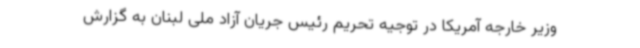
وزیر خارجه آمریکا در توجیه تحریم رئیس جریان آزاد ملی لبنان به گزارش